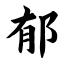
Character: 郁